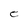
Character: e